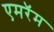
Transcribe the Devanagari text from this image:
एमरॅम